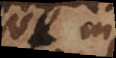
ut in